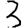
Digit: 3